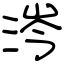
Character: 涔